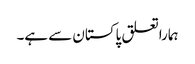
ہماراتعلق پاکستان سے ہے۔